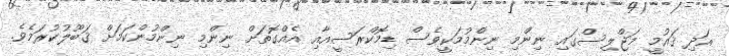
އަދި ޤައުމީ މަޖްލިސްގައި ނިންމި ނިންމުމަކީވެސް ޑިމޮކްރަސީއާއި އެއްގޮތަށް ނިންމި ނިންމުންކަމަށް ޤަބޫލުކުރަމެވެ.